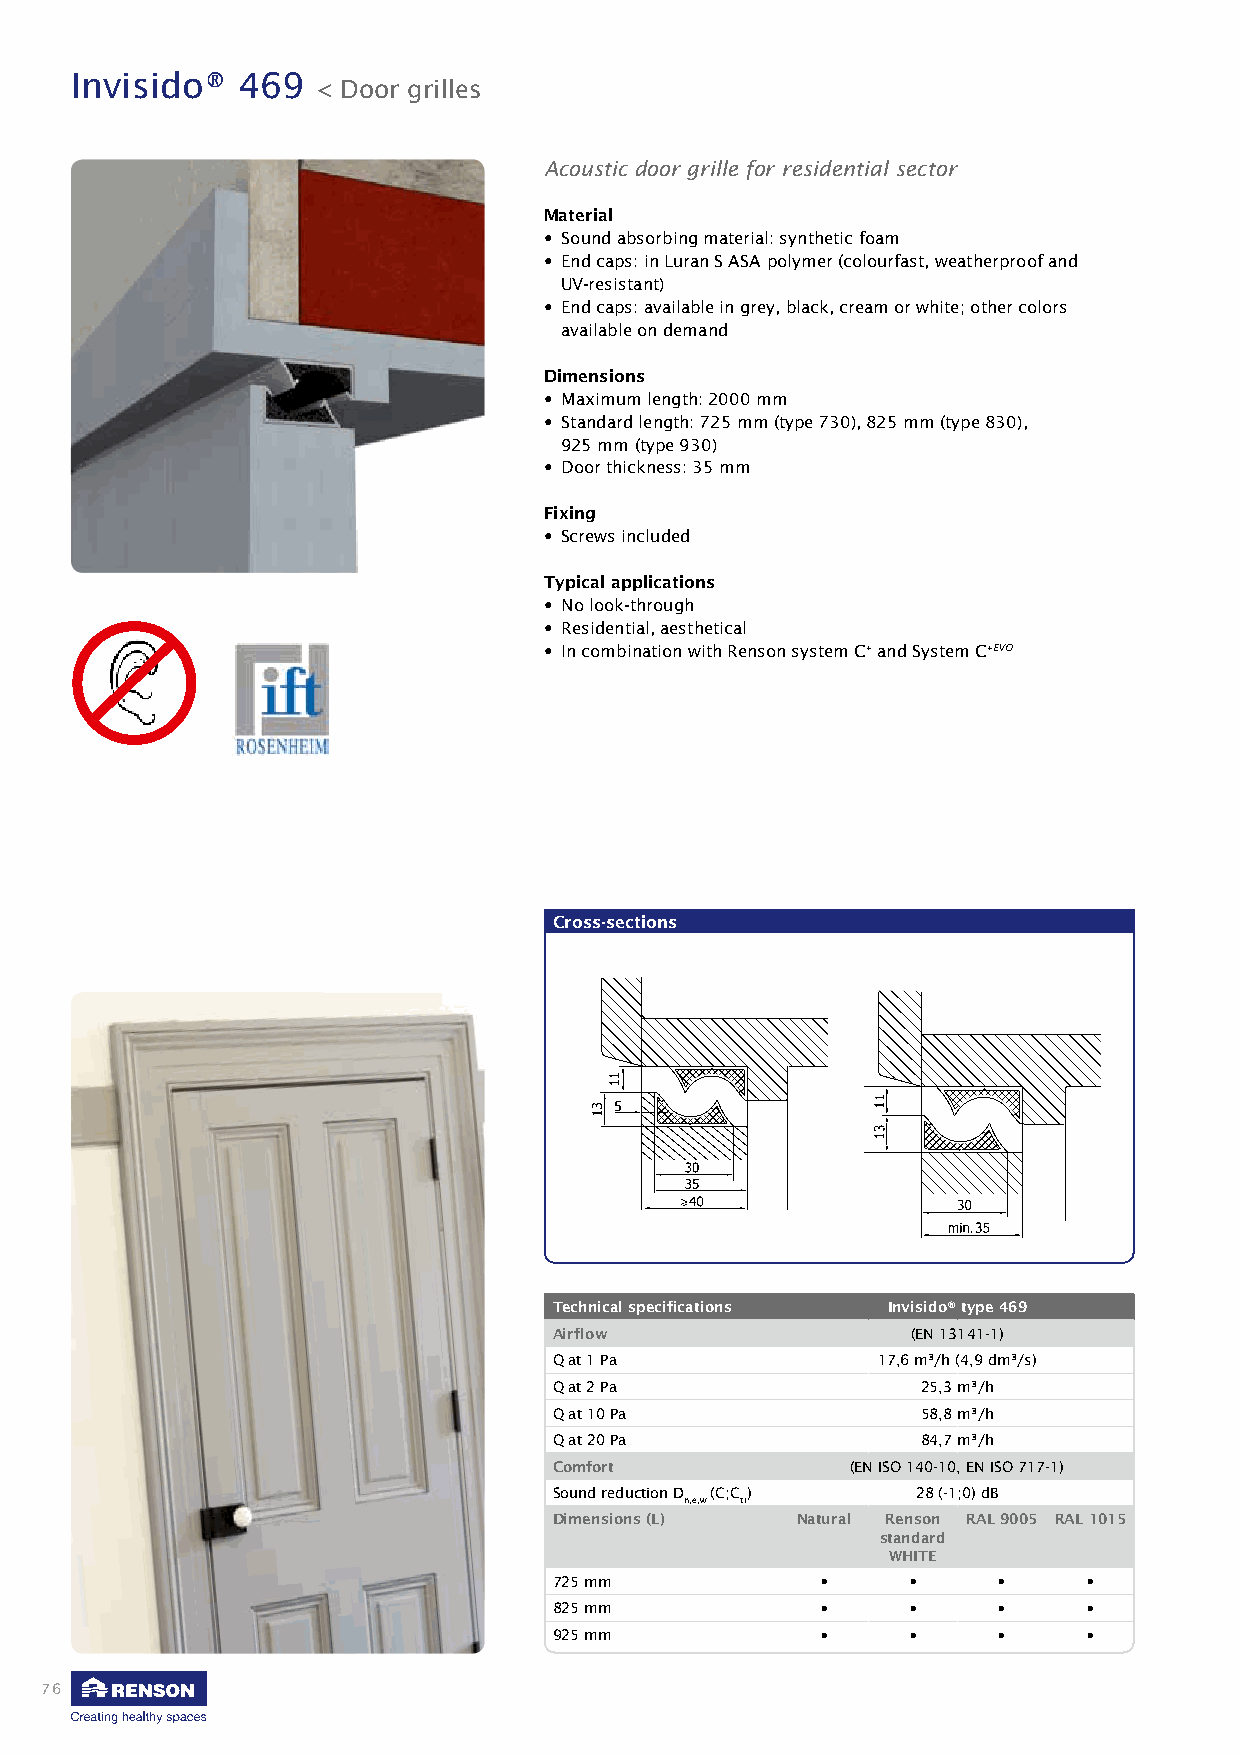
Invisido®  469
 < Door grilles
 Acoustic door grille for residential sector
 Material
 • Sound absorbing material: synthetic foam
 • End caps: in Luran S ASA polymer (colourfast, weatherproof and
 UV-resistant)
 • End caps: available in grey, black, cream or white; other colors
 available on demand
 Dimensions
 • Maximum length: 2000 mm
 • Standard length: 725 mm (type 730), 825 mm (type 830),
 925 mm (type 930)
 • Door thickness: 35 mm
 Fixing
 • Screws included
 Typical applications
 • No look-through
 • Residential, aesthetical
 • In combination with Renson system C+ and System C+EVO
 Cross-sections
 Technical specifications Invisido® type 469
 Airflow                (EN 13141-1)
 Q at 1 Pa            17,6 m³/h (4,9 dm³/s)
 Q at 2 Pa               25,3 m³/h
 Q at 10 Pa              58,8 m³/h
 Q at 20 Pa              84,7 m³/h
 Comfort            (EN ISO 140-10, EN ISO 717-1)
 Sound reduction D (C;C ) 28 (-1;0) dB
 n,e,w tr
 Dimensions (L)  Natural Renson RAL 9005 RAL 1015
 standard
 WHITE
 725 mm           •     •     •     •
 825 mm           •     •     •     •
 925 mm           •     •     •     •
 76